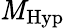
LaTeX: \mathit{M}_{\mathrm{{Hyp}}}